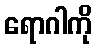
ရောဂါကို